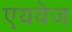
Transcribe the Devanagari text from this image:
एयवेज